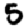
Digit: 5